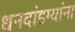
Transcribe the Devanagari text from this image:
धनदांडग्यांना